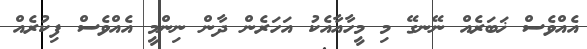
އެއްވެސް ޚަބަރެއް ނޭނގޭ މި މީހާއާއެކު އަހަރެން ދާން ނިންމީ އެއްވެސް ފިކުރެއް